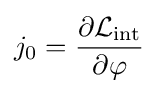
j_{0}={\frac {\partial {\mathcal {L}}_{\mathrm {int} }}{\partial \varphi }}